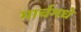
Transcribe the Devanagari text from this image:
मार्चमधे